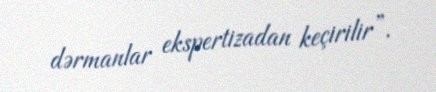
dərmanlar ekspertizadan keçirilir”.